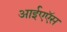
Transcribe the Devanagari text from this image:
आईएऍस